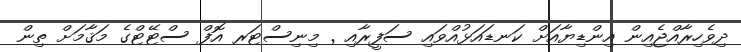
ދިވެހިރާއްޖެއިން އިންޑިޔާއަށް ކަނޑައަޅުއްވައި ސަފީރާއި